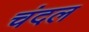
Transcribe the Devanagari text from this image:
चंदल